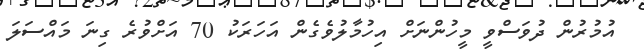
އުމުރުން ދުވަސްވީ މީހުންނަށް އިހުމާލުވެގެން އަހަރަކު 70 އަށްވުރެ ގިނަ މައްސަލަ